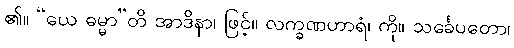
၏။ “ယေ ဓမ္မာ”တိ အာဒိနာ၊ ဖြင့်။ လက္ခဏဟာရံ၊ ကို။ သင်္ခေပတော၊